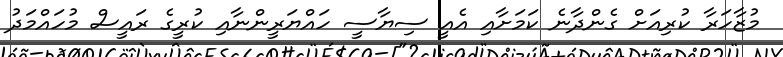
މުޒާހަރާ ކުރިއަށް ގެންދާނެ ކަމަށާއި އެއީ ސިޔާސީ ހައްޔަރީންނާއި ކުރީގެ ރައީސް މުހައްމަދު